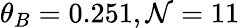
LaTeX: \theta_{B}=0.251,\mathcal{N}=11